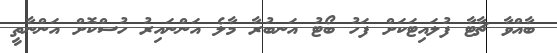
ބާއްވާ ޗާޓާ ފުލައިޓަކަށް ފަހު ބޯޓު އަނބުރާ މާލެ އަންނައިރު ހުސްކޮށް އަންނާތީ